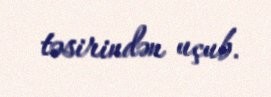
təsirindən uçub.